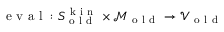
\mathrm { ~ e ~ v ~ a ~ l ~ } : S _ { \mathrm { ~ o ~ l ~ d ~ } } ^ { \mathrm { ~ k ~ i ~ n ~ } } \times \mathcal { M } _ { \mathrm { ~ o ~ l ~ d ~ } } \to \mathcal { V } _ { \mathrm { ~ o ~ l ~ d ~ } }